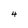
Character: 4